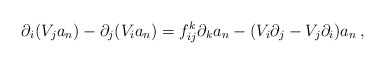
\begin{align*}\partial_i(V_j a_{n})-\partial_j(V_i a_{n}) =f^k_{ij}\partial_k a_{n}-(V_i\partial_j-V_j\partial_i)a_{n}\,,\end{align*}